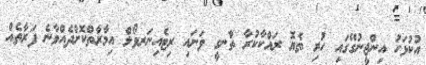
އުކުޅަހު އިންޖީނުގޭގައި ހުރި ތެޔޮ ރައްކާކުރާ ތާނގީ ވަށައި ރިޓެއިނަރވޯލް އިމާރާތްކޮށްދެއްވާނެ ފަރާތެއް